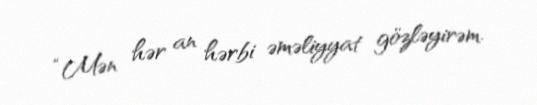
“Mən hər an hərbi əməliyyat gözləyirəm.